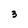
Character: 3